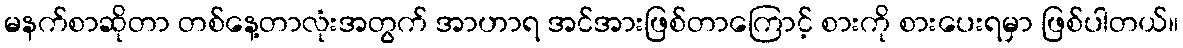
မနက်စာဆိုတာ တစ်နေ့တာလုံးအတွက် အာဟာရ အင်အားဖြစ်တာကြောင့် စားကို စားပေးရမှာ ဖြစ်ပါတယ်။